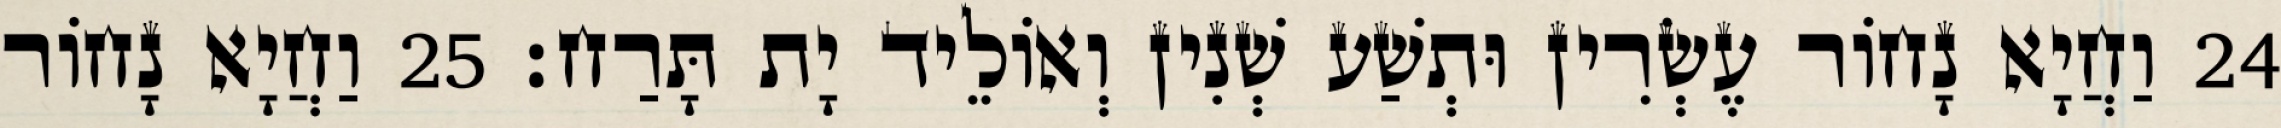
24 וַחֲיָא נָחוֹר עֶשְׂרִין וּתְשַׁע שְׁנִין וְאוֹלֵיד יָת תָּרַח׃ 25 וַחֲיָא נָחוֹר